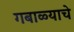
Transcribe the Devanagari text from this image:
गबाळ्याचे